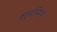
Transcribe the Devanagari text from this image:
लुबनिन